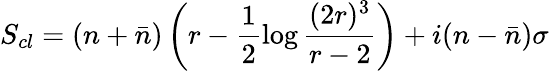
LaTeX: S_{cl}=(n+\bar{n})\left(r-\frac 12\log\frac{(2r)^{3}}{r-2}\right)+i(n-\bar{n})\sigma